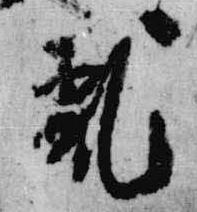
乱